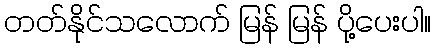
တတ်နိုင်သလောက် မြန် မြန် ပို့ပေးပါ။